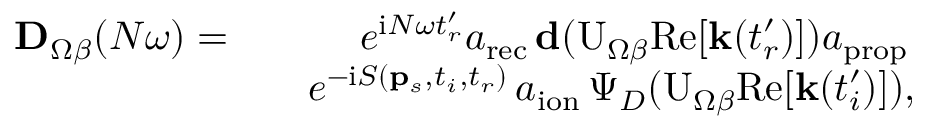
\begin{array} { r l r } { \mathbf { D } _ { \Omega \beta } ( N \omega ) = } & { } & { e ^ { \mathrm { i } N \omega t _ { r } ^ { \prime } } a _ { \mathrm { r e c } } \, \mathbf { d } ( \mathrm { U } _ { \Omega \beta } \mathrm { R e } [ \mathbf { k } ( t _ { r } ^ { \prime } ) ] ) a _ { \mathrm { p r o p } } \, } \\ & { } & { e ^ { - \mathrm { i } S ( \mathbf { p } _ { s } , t _ { i } , t _ { r } ) } \, a _ { \mathrm { i o n } } \, \Psi _ { D } ( \mathrm { U } _ { \Omega \beta } \mathrm { R e } [ \mathbf { k } ( t _ { i } ^ { \prime } ) ] ) , } \end{array}